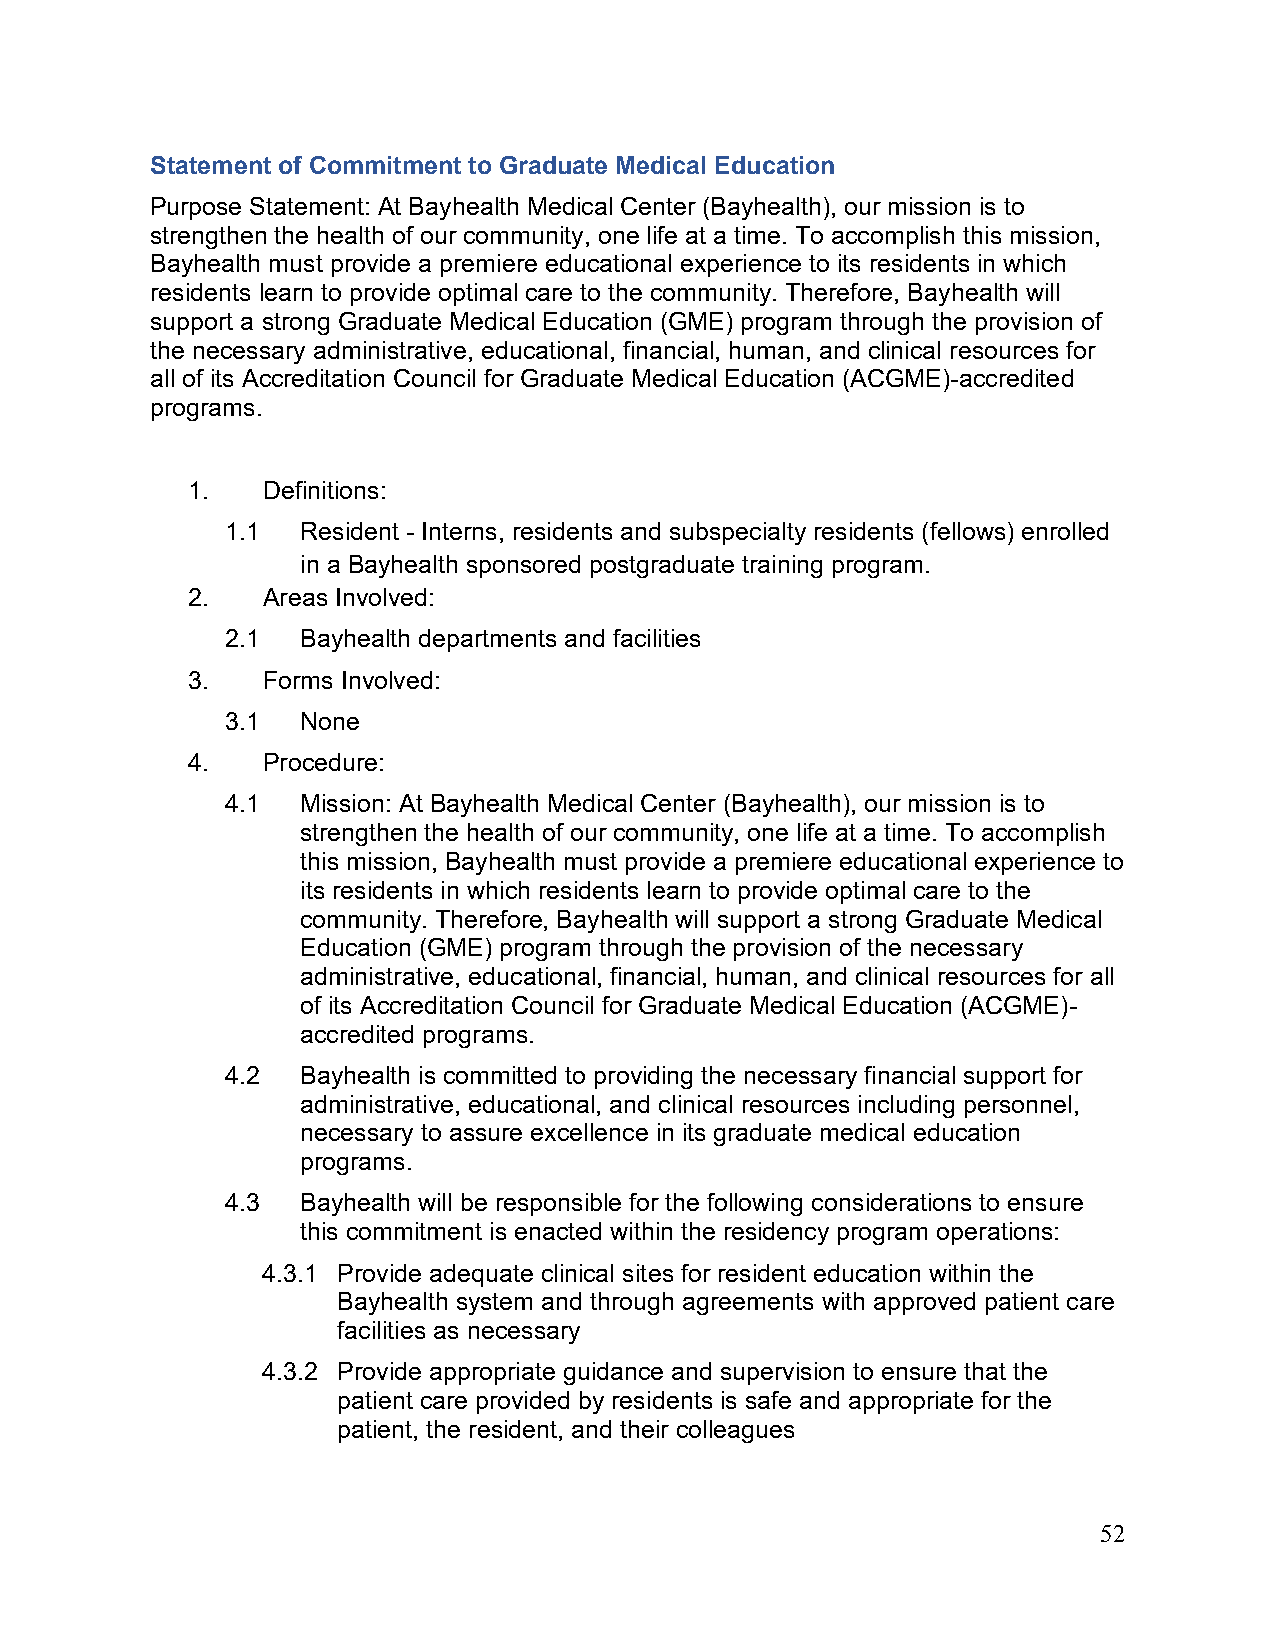
Statement of Commitment to Graduate Medical Education
 Purpose Statement: At Bayhealth Medical Center (Bayhealth), our mission is to
 strengthen the health of our community, one life at a time. To accomplish this mission,
 Bayhealth must provide a premiere educational experience to its residents in which
 residents learn to provide optimal care to the community. Therefore, Bayhealth will
 support a strong Graduate Medical Education (GME) program through the provision of
 the necessary administrative, educational, financial, human, and clinical resources for
 all of its Accreditation Council for Graduate Medical Education (ACGME)-accredited
 programs.
 1.   Definitions:
 1.1  Resident - Interns, residents and subspecialty residents (fellows) enrolled
 in a Bayhealth sponsored postgraduate training program.
 2.   Areas Involved:
 2.1  Bayhealth departments and facilities
 3.   Forms Involved:
 3.1  None
 4.   Procedure:
 4.1  Mission: At Bayhealth Medical Center (Bayhealth), our mission is to
 strengthen the health of our community, one life at a time. To accomplish
 this mission, Bayhealth must provide a premiere educational experience to
 its residents in which residents learn to provide optimal care to the
 community. Therefore, Bayhealth will support a strong Graduate Medical
 Education (GME) program through the provision of the necessary
 administrative, educational, financial, human, and clinical resources for all
 of its Accreditation Council for Graduate Medical Education (ACGME)-
 accredited programs.
 4.2  Bayhealth is committed to providing the necessary financial support for
 administrative, educational, and clinical resources including personnel,
 necessary to assure excellence in its graduate medical education
 programs.
 4.3  Bayhealth will be responsible for the following considerations to ensure
 this commitment is enacted within the residency program operations:
 4.3.1 Provide adequate clinical sites for resident education within the
 Bayhealth system and through agreements with approved patient care
 facilities as necessary
 4.3.2 Provide appropriate guidance and supervision to ensure that the
 patient care provided by residents is safe and appropriate for the
 patient, the resident, and their colleagues
 52